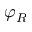
\varphi _ { R }